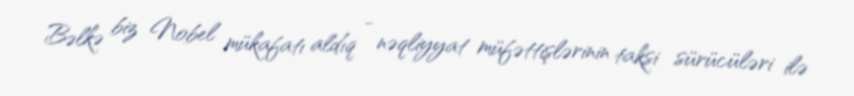
Bəlkə biz Nobel mükafatı aldıq - nəqliyyat müfəttişlərinin taksi sürücüləri ilə